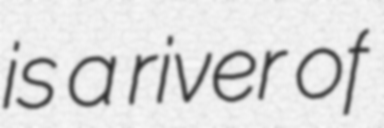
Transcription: is a river of